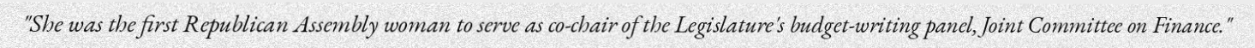
"She was the first Republican Assembly woman to serve as co-chair of the Legislature's budget-writing panel, Joint Committee on Finance."